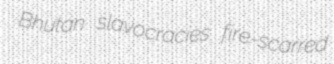
Bhutan slavocracies fire-scarred